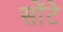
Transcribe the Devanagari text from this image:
सोंटे